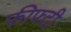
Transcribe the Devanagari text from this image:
फीफ्टी